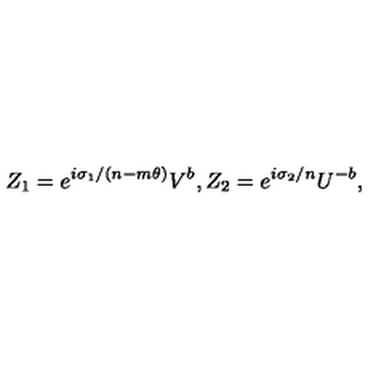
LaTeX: Z _ { 1 } = e ^ { i \sigma _ { 1 } / ( n - m \theta ) } V ^ { b } , Z _ { 2 } = e ^ { i \sigma _ { 2 } / n } U ^ { - b } ,